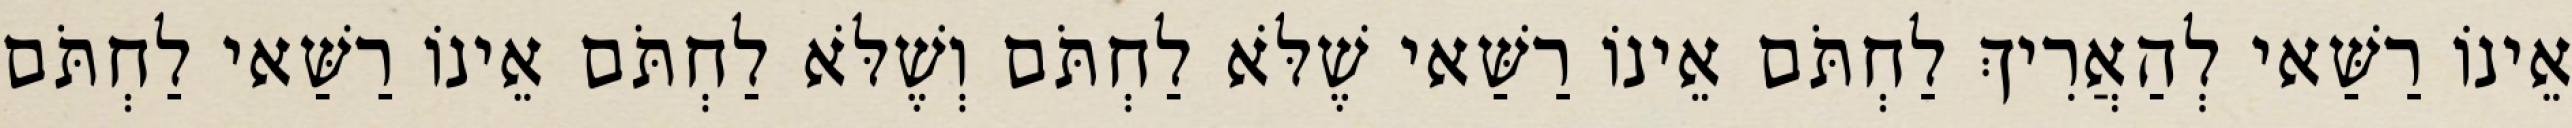
אֵינוֹ רַשַּׁאי לְהַאֲרִיךְ לַחְתֹּם אֵינוֹ רַשַּׁאי שֶׁלֹּא לַחְתֹּם וְשֶׁלֹּא לַחְתֹּם אֵינוֹ רַשַּׁאי לַחְתֹּם